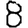
Digit: 8